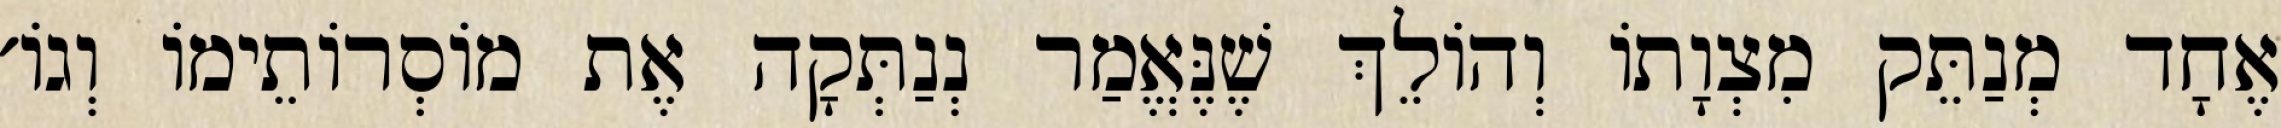
אֶחָד מְנַתֵּק מִצְוָתוֹ וְהוֹלֵךְ שֶׁנֶּאֱמַר נְנַתְּקָה אֶת מוֹסְרוֹתֵימוֹ וְגוֹ׳